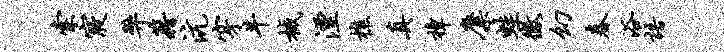
索寝弊藉沆穿牛械湮樵真樟麋蛙征幻春浴语